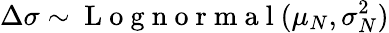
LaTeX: \Delta\sigma\sim\mathrm{~L~o~g~n~o~r~m~a~l~}(\mu_{N},\sigma_{N}^{2})